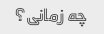
چه زمانی؟